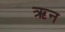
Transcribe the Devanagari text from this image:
ऋन